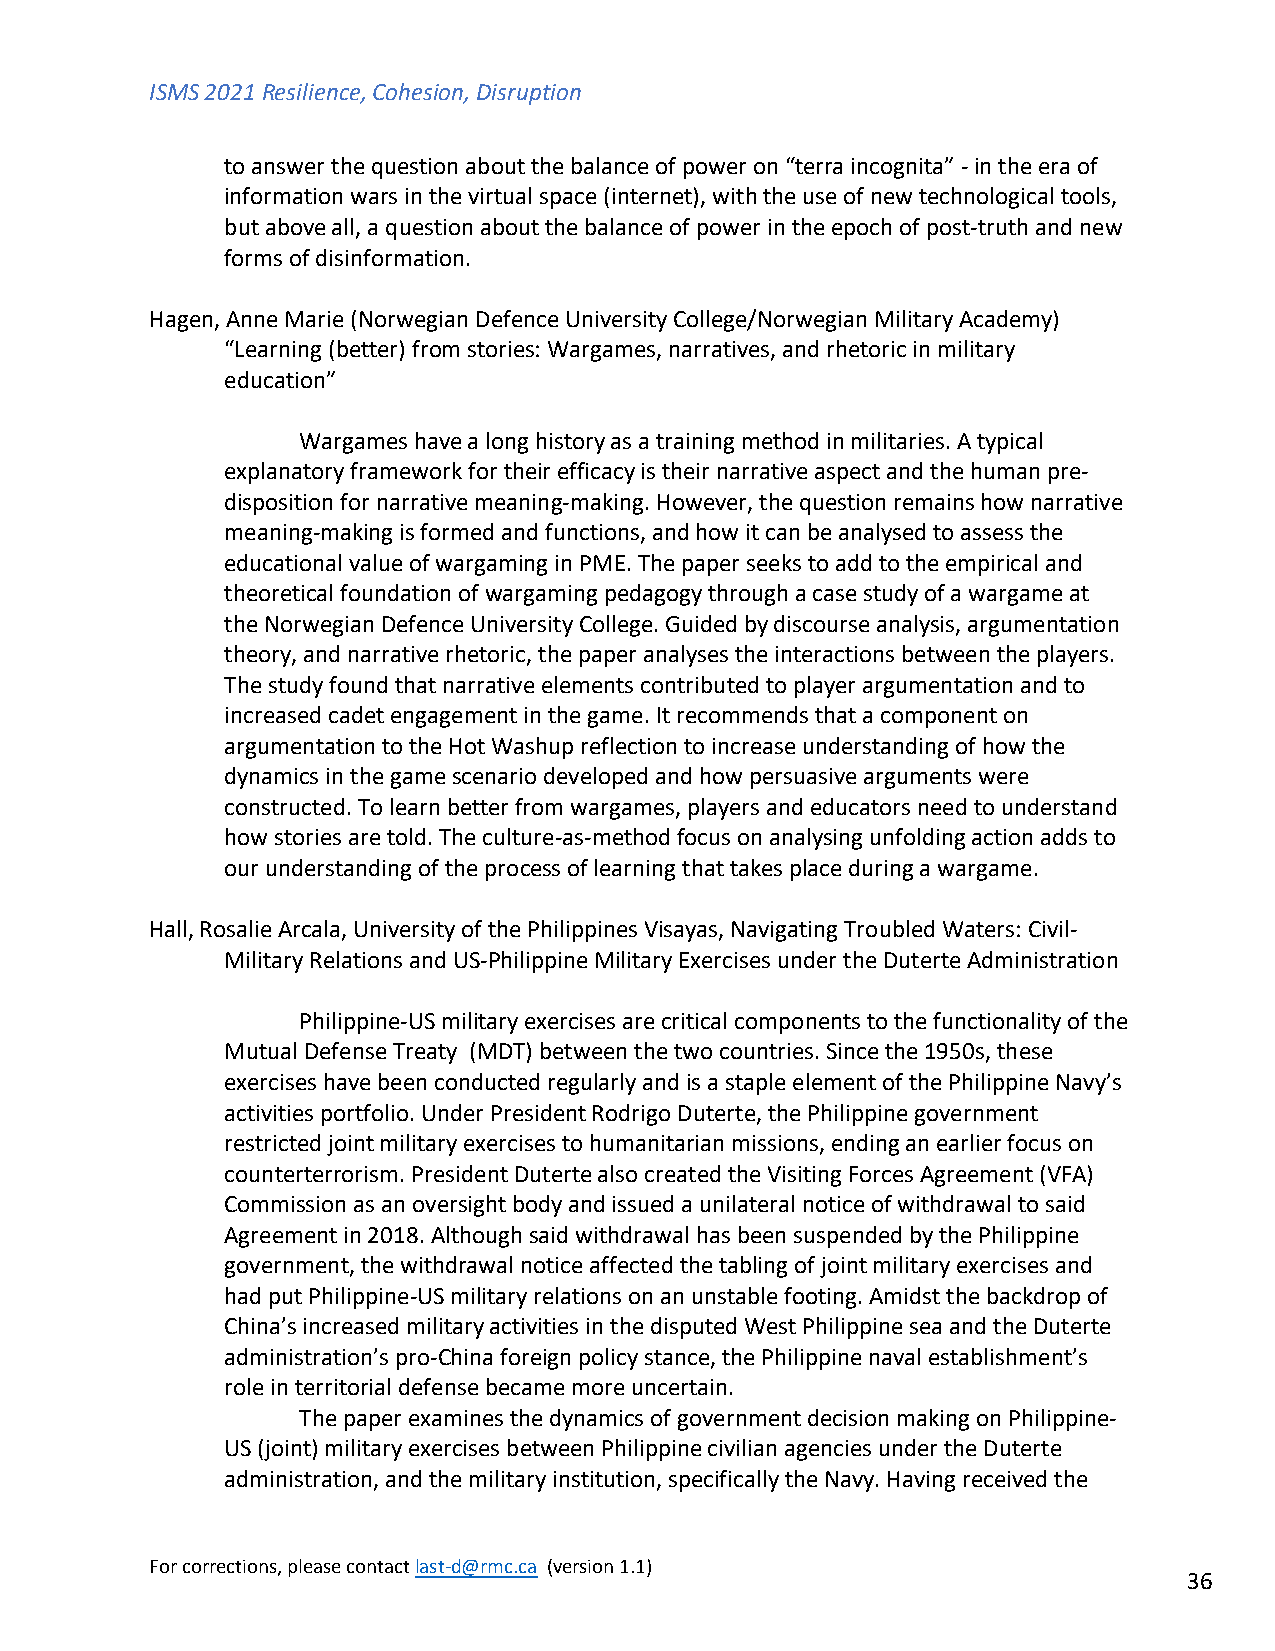
ISMS 2021 Resilience, Cohesion, Disruption
 to answer the question about the balance of power on “terra incognita” - in the era of
 information wars in the virtual space (internet), with the use of new technological tools,
 but above all, a question about the balance of power in the epoch of post-truth and new
 forms of disinformation.
 Hagen, Anne Marie (Norwegian Defence University College/Norwegian Military Academy)
 “Learning (better) from stories: Wargames, narratives, and rhetoric in military
 education”
 Wargames have a long history as a training method in militaries. A typical
 explanatory framework for their efficacy is their narrative aspect and the human pre-
 disposition for narrative meaning-making. However, the question remains how narrative
 meaning-making is formed and functions, and how it can be analysed to assess the
 educational value of wargaming in PME. The paper seeks to add to the empirical and
 theoretical foundation of wargaming pedagogy through a case study of a wargame at
 the Norwegian Defence University College. Guided by discourse analysis, argumentation
 theory, and narrative rhetoric, the paper analyses the interactions between the players.
 The study found that narrative elements contributed to player argumentation and to
 increased cadet engagement in the game. It recommends that a component on
 argumentation to the Hot Washup reflection to increase understanding of how the
 dynamics in the game scenario developed and how persuasive arguments were
 constructed. To learn better from wargames, players and educators need to understand
 how stories are told. The culture-as-method focus on analysing unfolding action adds to
 our understanding of the process of learning that takes place during a wargame.
 Hall, Rosalie Arcala, University of the Philippines Visayas, Navigating Troubled Waters: Civil-
 Military Relations and US-Philippine Military Exercises under the Duterte Administration
 Philippine-US military exercises are critical components to the functionality of the
 Mutual Defense Treaty (MDT) between the two countries. Since the 1950s, these
 exercises have been conducted regularly and is a staple element of the Philippine Navy’s
 activities portfolio. Under President Rodrigo Duterte, the Philippine government
 restricted joint military exercises to humanitarian missions, ending an earlier focus on
 counterterrorism. President Duterte also created the Visiting Forces Agreement (VFA)
 Commission as an oversight body and issued a unilateral notice of withdrawal to said
 Agreement in 2018. Although said withdrawal has been suspended by the Philippine
 government, the withdrawal notice affected the tabling of joint military exercises and
 had put Philippine-US military relations on an unstable footing. Amidst the backdrop of
 China’s increased military activities in the disputed West Philippine sea and the Duterte
 administration’s pro-China foreign policy stance, the Philippine naval establishment’s
 role in territorial defense became more uncertain.
 The paper examines the dynamics of government decision making on Philippine-
 US (joint) military exercises between Philippine civilian agencies under the Duterte
 administration, and the military institution, specifically the Navy. Having received the
 For corrections, please contact last-d@rmc.ca (version 1.1)
 36